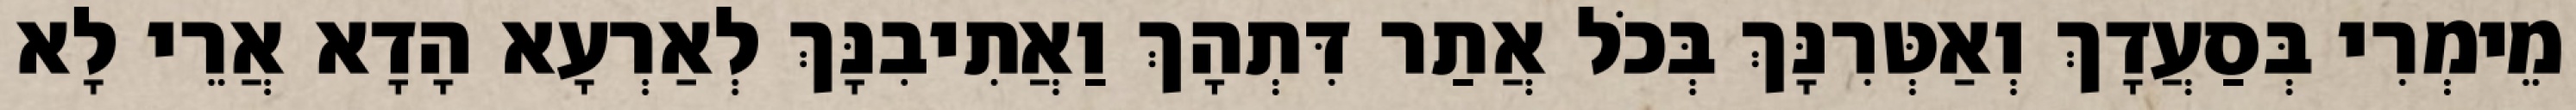
מֵימְרִי בְּסַעֲדָךְ וְאַטְּרִנָּךְ בְּכֹל אֲתַר דִּתְהָךְ וַאֲתִיבִנָּךְ לְאַרְעָא הָדָא אֲרֵי לָא